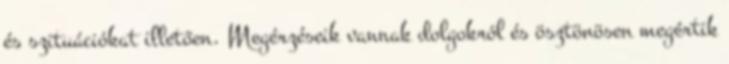
és szituációkat illetően. Megérzéseik vannak dolgokról és ösztönösen megértik